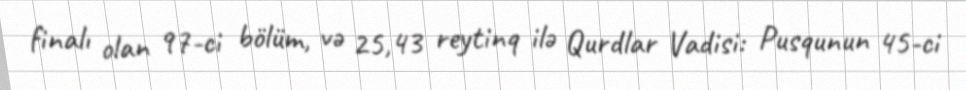
finalı olan 97-ci bölüm, və 25,43 reytinq ilə Qurdlar Vadisi: Pusqunun 45-ci